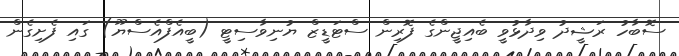
ސޮބާހު ރަޝީދު ވިދާޅުވީ ބެއިޖީންގެ ފޮރިން ސްޓަޑީޒް ޔުނިވާސިޓީ (ބީއެފްއެސްޔޫ) ގައި ފެށިގެން